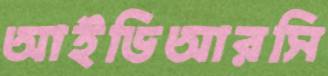
আইডিআরসি